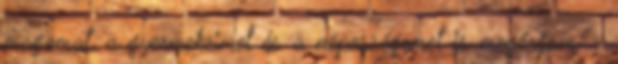
magamat, a gyermekeimet és a népességemet is megóvjam. -